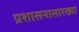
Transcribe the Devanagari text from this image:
प्रशासनासारख्या